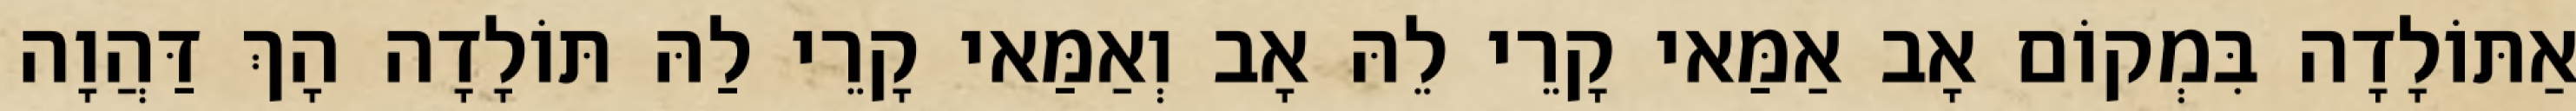
אַתּוֹלָדָה בִּמְקוֹם אָב אַמַּאי קָרֵי לֵהּ אָב וְאַמַּאי קָרֵי לַהּ תּוֹלָדָה הָךְ דַּהֲוָה